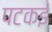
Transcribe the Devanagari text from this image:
पटकई